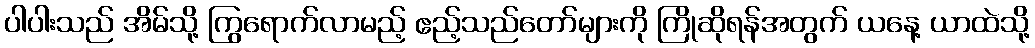
ပါပါးသည် အိမ်သို့ ကြွရောက်လာမည့် ဧည့်သည်တော်များကို ကြိုဆိုရန်အတွက် ယနေ့ ယာထဲသို့